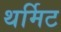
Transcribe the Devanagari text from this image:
थर्मिट